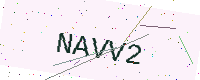
Text: NAVV2